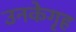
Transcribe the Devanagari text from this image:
उनकेगृह